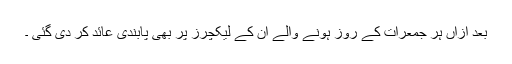
بعد ازاں ہر جمعرات کے روز ہونے والے ان کے لیکچرز پر بھی پابندی عائد کر دی گئی ۔